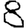
Digit: 8